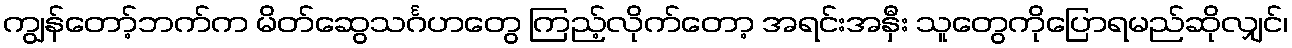
ကျွန်တော့်ဘက်က မိတ်ဆွေသင်္ဂဟတွေ ကြည့်လိုက်တော့ အရင်းအနှီး သူတွေကိုပြောရမည်ဆိုလျှင်၊